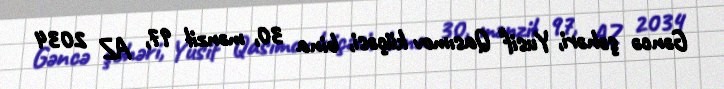
Gəncə şəhəri, Yusif Qasımov küçəsi, bina 30, mənzil 97, AZ 2034